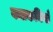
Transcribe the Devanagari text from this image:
बालकनियाँ